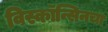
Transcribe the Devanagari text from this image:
विस्कॉन्सिनचा